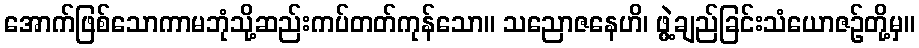
အောက်ဖြစ်သောကာမဘုံသို့ဆည်းကပ်တတ်ကုန်သော။ သညောဇနေဟိ၊ ဖွဲ့ချည်ခြင်းသံယောဇဉ်တို့မှ။